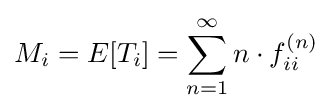
M_{i}=E[T_{i}]=\sum _{n=1}^{\infty }n\cdot f_{ii}^{(n)}